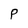
Character: P